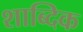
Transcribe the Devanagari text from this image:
शाब्दिक